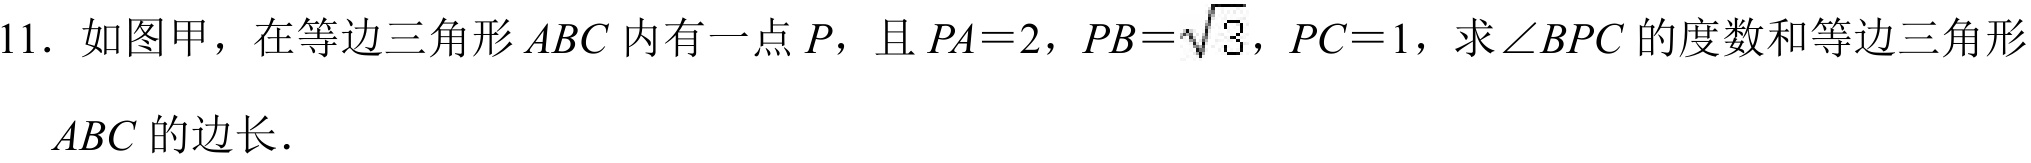
11. 如图甲，在等边三角形 \(ABC\) 内有一点 \(P\)，且 \(PA = 2\)，\(PB=\sqrt{3}\)，\(PC = 1\)，求\(\angle BPC\) 的度数和等边三角形 \(ABC\) 的边长．